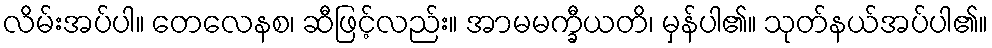
လိမ်းအပ်ပါ။ တေလေနစ၊ ဆီဖြင့်လည်း။ အာမမက္ခီယတိ၊ မှန်ပါ၏။ သုတ်နယ်အပ်ပါ၏။